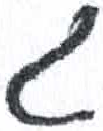
אות: ג